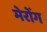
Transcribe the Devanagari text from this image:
मेरोंग